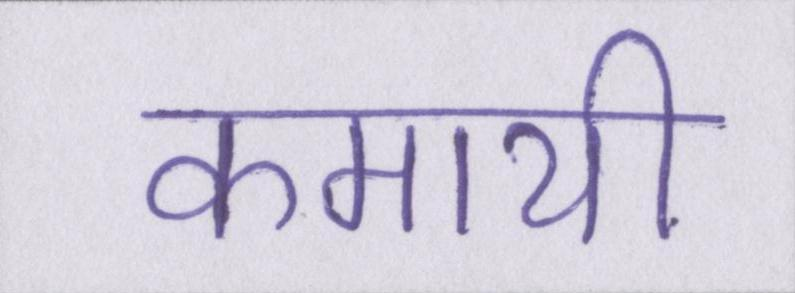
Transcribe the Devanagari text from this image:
कमायी